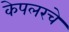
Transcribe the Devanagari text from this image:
केपलरचे